Source: Computer-generated
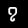
Digit: ၇ (7)